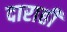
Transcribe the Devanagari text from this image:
दाराही